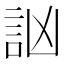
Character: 訩